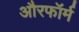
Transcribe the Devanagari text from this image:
औरफॉर्म